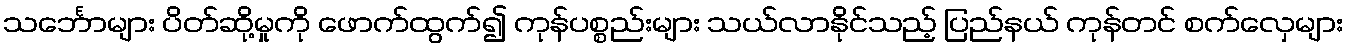
သင်္ဘောများ ပိတ်ဆို့မှုကို ဖောက်ထွက်၍ ကုန်ပစ္စည်းများ သယ်လာနိုင်သည့် ပြည်နယ် ကုန်တင် စက်လှေများ